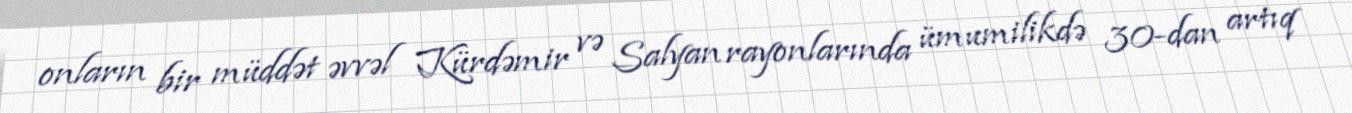
onların bir müddət əvvəl Kürdəmir və Salyan rayonlarında ümumilikdə 30-dan artıq